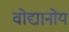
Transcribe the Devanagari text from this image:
वोद्यानोय